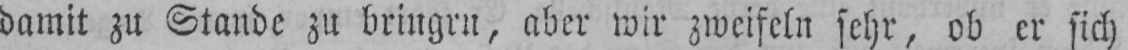
damit zu Stande zu bringen, aber wir zweifeln sehr, ob er sich